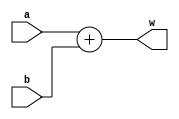
module adder (a, b, w);
	
	input [31:0] a, b;
	output [31:0] w;
	
	assign w = a + b;
	
endmodule